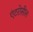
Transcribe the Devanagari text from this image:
एंटरोसील